Leprosy in India: report of the Leprosy Commission in India, 1890-91
Year: 1890
Disease focus: Leprosy
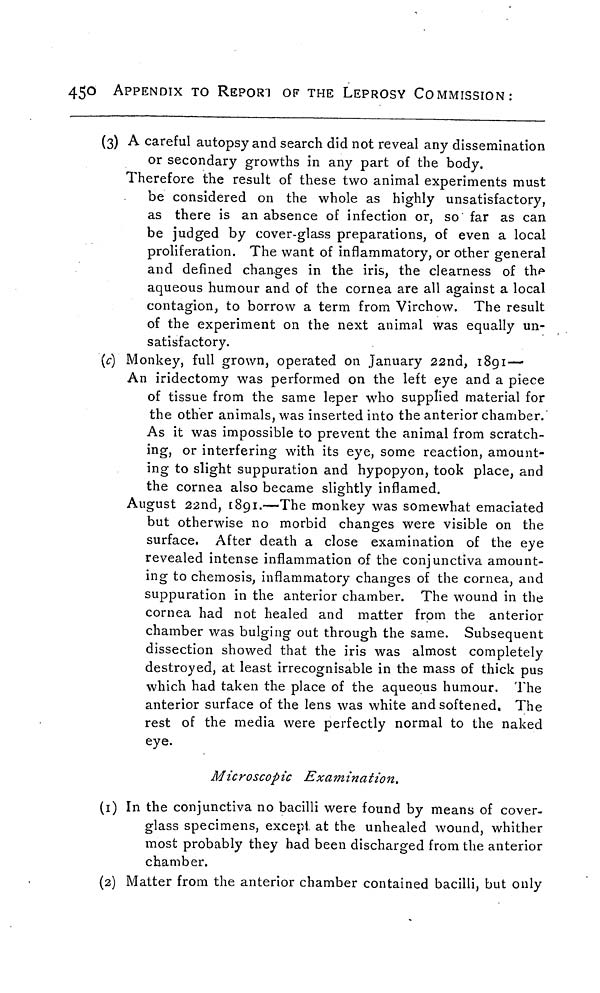
450 APPENDIX TO REPORT OF THE LEPROSY COMMISSION:
(3) A careful autopsy and search did not reveal any dissemination
or secondary growths in any part of the body.
Therefore the result of these two animal experiments must
be considered on the whole as highly unsatisfactory,
as there is an absence of infection or, so far as can
be judged by cover-glass preparations, of even a local
proliferation. The want of inflammatory, or other general
and defined changes in the iris, the clearness of the
aqueous humour and of the cornea are all against a local
contagion, to borrow a term from Virchow. The result
of the experiment on the next animal was equally un-
satisfactory.
(c) Monkey, full grown, operated on January 22nd, 1891—
An iridectomy was performed on the left eye and a piece
of tissue from the same leper who supplied material for
the other animals, was inserted into the anterior chamber.
As it was impossible to prevent the animal from scratch-
ing, or interfering with its eye, some reaction, amount-
ing to slight suppuration and hypopyon, took place, and
the cornea also became slightly inflamed.
August 22nd, 1891.—The monkey was somewhat emaciated
but otherwise no morbid changes were visible on the
surface. After death a close examination of the eye
revealed intense inflammation of the conjunctiva amount-
ing to chemosis, inflammatory changes of the cornea, and
suppuration in the anterior chamber. The wound in the
cornea had not healed and matter from the anterior
chamber was bulging out through the same. Subsequent
dissection showed that the iris was almost completely
destroyed, at least irrecognisable in the mass of thick pus
which had taken the place of the aqueous humour. The
anterior surface of the lens was white and softened. The
rest of the media were perfectly normal to the naked
eye.
Microscopic Examination.
(1) In the conjunctiva no bacilli were found by means of cover-
glass specimens, except at the unhealed wound, whither
most probably they had been discharged from the anterior
chamber.
(2) Matter from the anterior chamber contained bacilli, but only